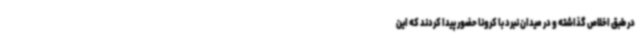
در طبق اخلاص گذاشته و در میدان نبرد با کرونا حضور پیدا کردند که این